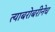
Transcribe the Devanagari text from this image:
त्याबरोबरीनेच